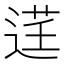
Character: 𫐬